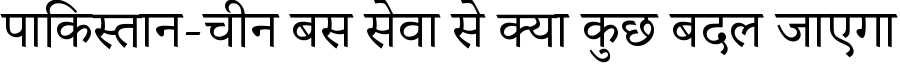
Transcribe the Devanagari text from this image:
पाकिस्तान-चीन बस सेवा से क्या कुछ बदल जाएगा